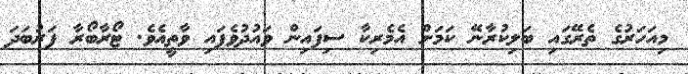
މިއަހަރުގެ ތެރޭގައި ބަލިކުރާނޭ ކަމަށް އެމެރިކާ ސިފައިން ވައުދުވެފައި ވާތީއެވެ. ޓޯރާބޯރާ ފަރުބަދަ